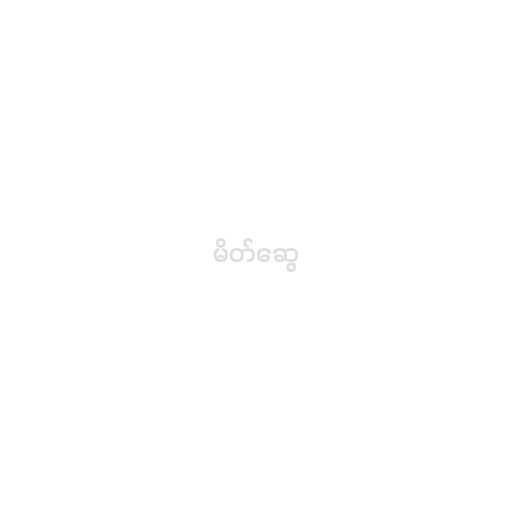
မိတ်ဆွေ